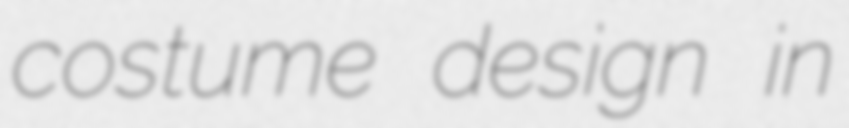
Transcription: costume design in